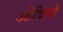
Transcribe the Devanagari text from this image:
ओदियाँ